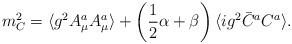
LaTeX: \begin{align*}m_C^2 = \langle g^2 A_\mu^a A_\mu^a \rangle + \left( {1 \over 2}\alpha+\beta \right) \langle ig^2 \bar{C}^a C^a \rangle .\end{align*}